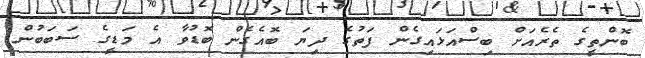
ބޮންތީގެ ތެރެއަށް ބިސްއަޅައިގެން ފަތުގެ ދިޔަ ބޮއެގެން ބޮޑުވާ އެ މަޑީގެ ސަބަބުން